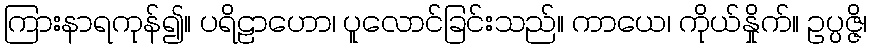
ကြားနာရကုန်၍။ ပရိဠာဟော၊ ပူလောင်ခြင်းသည်။ ကာယေ၊ ကိုယ်နှိုက်။ ဥပ္ပဇ္ဇိ၊